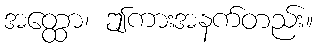
အတ္ထော၊ ဤကားအနက်တည်း။